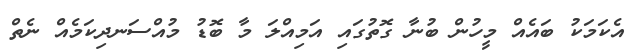
އެކަމަކު ބައެއް މީހުން ބުނާ ގޮތުގައި އަމިއްލަ މާ ބޮޑު މުއްސަނދިކަމެއް ނެތް